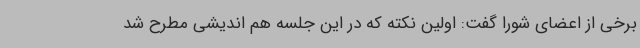
برخی از اعضای شورا گفت: اولین نکته که در این جلسه هم اندیشی مطرح شد